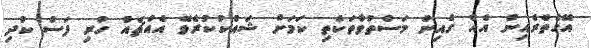
އޭގެތެރެއިން އެއް ގެއިން މަސްތުވާތަކެތި ކަމަށް ޝައްކުކުރެވޭ އެއްޗެއް ހުރި ފަސް ކުދި